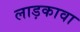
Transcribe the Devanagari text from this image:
लाड़कावा